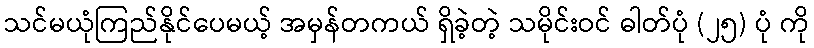
သင်မယုံကြည်နိုင်ပေမယ့် အမှန်တကယ် ရှိခဲ့တဲ့ သမိုင်းဝင် ဓါတ်ပုံ (၂၅) ပုံ ကို